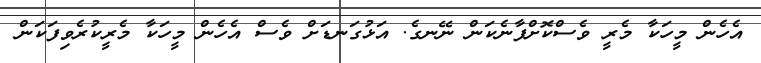
އެހެން މީހަކާ މެރީ ވެސްކޮށްފާނެކަން ނޭނގެ. އަޅުގަނޑަށް ވެސް އެހެން މީހަކާ މެރީކުރެވިފަކަން